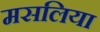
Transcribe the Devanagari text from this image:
मसलिया